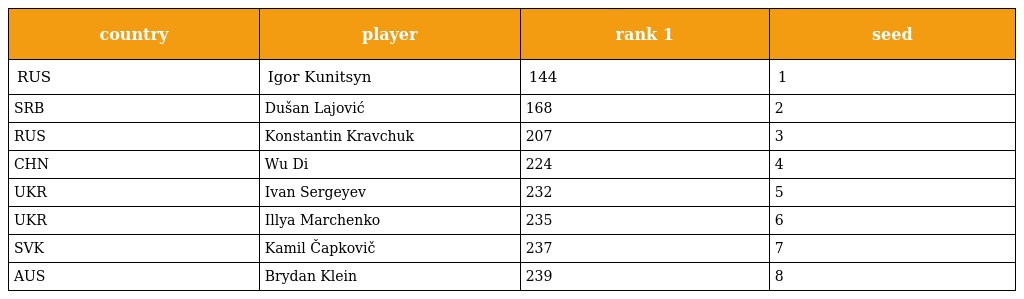
| country | player | rank 1 | seed |
 | --- | --- | --- | --- |
 | RUS | Igor Kunitsyn | 144 | 1 |
 | SRB | Dušan Lajović | 168 | 2 |
 | RUS | Konstantin Kravchuk | 207 | 3 |
 | CHN | Wu Di | 224 | 4 |
 | UKR | Ivan Sergeyev | 232 | 5 |
 | UKR | Illya Marchenko | 235 | 6 |
 | SVK | Kamil Čapkovič | 237 | 7 |
 | AUS | Brydan Klein | 239 | 8 |